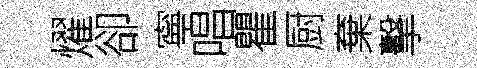
燿卻寧唱瞿厨棄擊